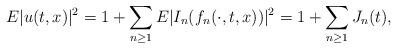
LaTeX: \begin{align*}E|u(t,x)|^2=1+\sum_{n \geq 1} E|I_n(f_n(\cdot,t,x))|^2=1+\sum_{n \geq 1} J_n(t),\end{align*}